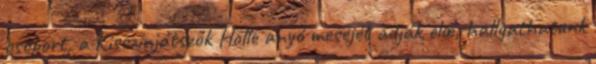
csoport, a Kisszínjátszók Holle anyó meséjét adják elœ, hallgathatunk